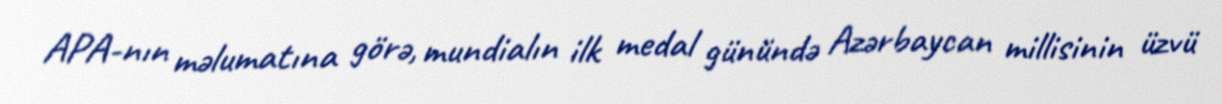
APA-nın məlumatına görə, mundialın ilk medal günündə Azərbaycan millisinin üzvü